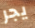
يجر